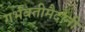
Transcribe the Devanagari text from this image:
गर्भवतीमैदानी